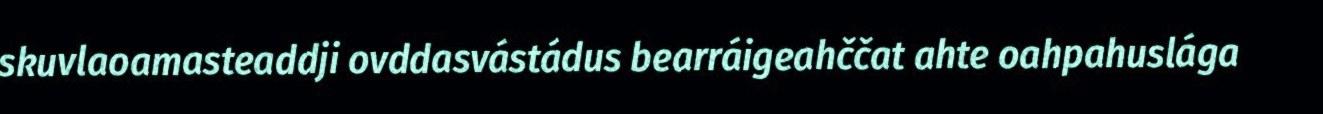
skuvlaoamasteaddji ovddasvástádus bearráigeahččat ahte oahpahuslága